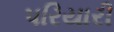
પરિયારી